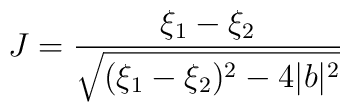
J = { \xi_{1} - \xi_{2} \over { \sqrt{(\xi_{1}-\xi_{2})^{2} - 4 |b|^{2}}}}